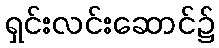
ရှင်းလင်းဆောင်၌